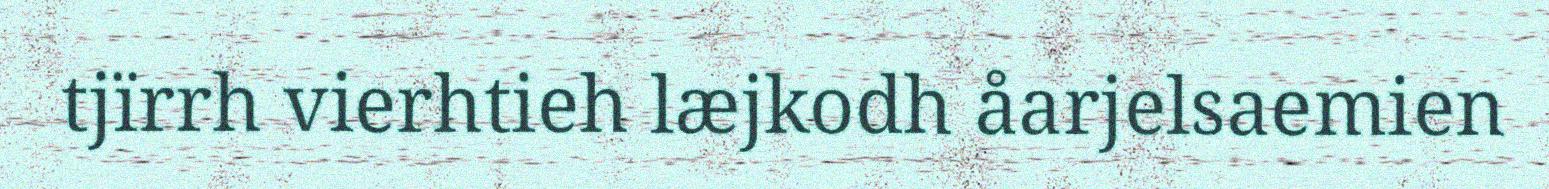
tjïrrh vierhtieh læjkodh åarjelsaemien